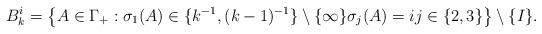
LaTeX: \begin{align*}B_{k}^{i}=\left\{A\in \Gamma_{+}: \sigma_1(A)\in\{k^{-1},(k-1)^{-1}\}\setminus\{\infty\}\sigma_j(A)=ij\in\{2,3\}\right\}\setminus\{I\}.\end{align*}